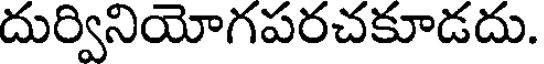
దుర్వినియోగపరచకూడదు.